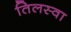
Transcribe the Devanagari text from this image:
तिलस्वा